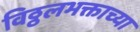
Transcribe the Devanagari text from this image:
विठ्ठलभक्ताच्या